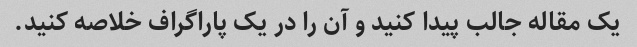
یک مقاله جالب پیدا کنید و آن را در یک پاراگراف خلاصه کنید.